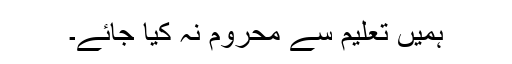
ہمیں تعلیم سے محروم نہ کیا جائے۔